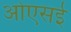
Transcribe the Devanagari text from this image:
ओएसई